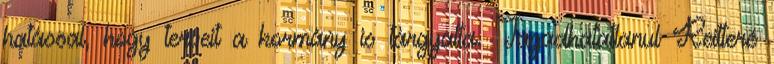
hatással, hogy terveit a kormány is tárgyalta. Tagadhatatlanul Reitteré